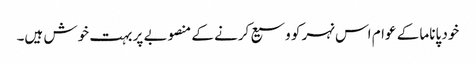
خود پاناما کے عوام اس نہر کو وسیع کرنے کے منصوبے پر بہت خوش ہیں۔